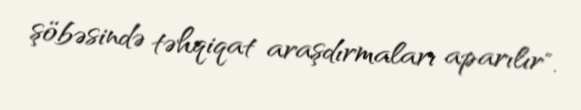
şöbəsində təhqiqat araşdırmaları aparılır".